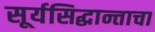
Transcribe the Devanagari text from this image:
सूर्यसिद्धान्ताचा